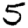
Digit: 5